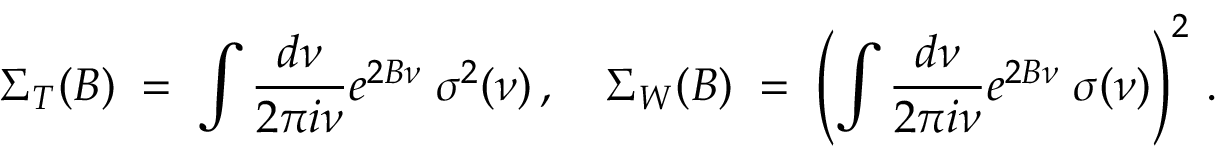
\Sigma _ { T } ( B ) \; = \; \int \frac { d \nu } { 2 \pi i \nu } e ^ { 2 B \nu } \; \sigma ^ { 2 } ( \nu ) \, , \quad \Sigma _ { W } ( B ) \; = \; \left( \int \frac { d \nu } { 2 \pi i \nu } e ^ { 2 B \nu } \; \sigma ( \nu ) \right) ^ { 2 } \, .